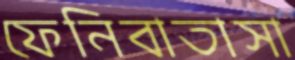
ফেনিবাতাসা